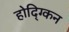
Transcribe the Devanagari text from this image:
होद्ग्किन